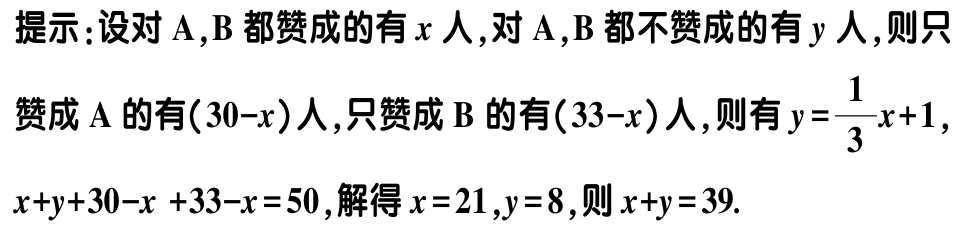
提示：设对$\mathrm{A},\mathrm{B}$都赞成的有$x$人,对$\mathrm{A},\mathrm{B}$都不赞成的有$y$人,则只
赞成$\mathrm{A}$的有$(30 - x)$人,只赞成$\mathrm{B}$的有$(33 - x)$人,则有$y = \dfrac{1}{3}x + 1$,
$x + y+30 - x + 33 - x = 50$,解得$x = 21,y = 8$,则$x + y = 39$.